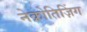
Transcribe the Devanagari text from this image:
नेक्रोतिज़िंग